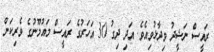
ރައީސް ނަޝީދު ވިދާޅުވިއެވެ. އަދި ދިގު 30 އަހަރުގެ ރައީސް މައުމޫނުގެ ވެރިކަން